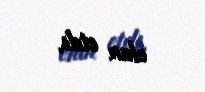
elan etdi.